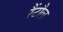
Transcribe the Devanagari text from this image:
रैंटौल